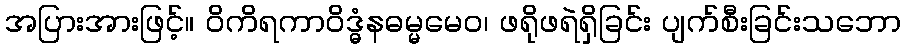
အပြားအားဖြင့်။ ဝိကိရကာဝိဒ္ဓံနဓမ္မမေဝ၊ ဖရိုဖရဲရှိခြင်း ပျက်စီးခြင်းသဘော